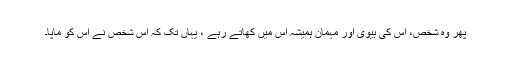
پھر وہ شخص، اس کی بیوی اور مہمان ہمیشہ اس میں کھاتے رہے ، یہاں تک کہ اس شخص نے اس کو ماپا۔